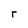
Character: r